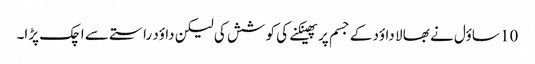
10 ساؤل نے بھا لا داؤد کے جسم پر پھینکنے کی کو شش کی لیکن داؤد راستے سے اچک پڑا۔